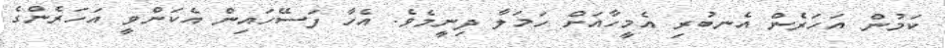
ކަމުން އަހަރެން އެނބުރި އެމީހާއަށް ހަމަލާ ދިނީމެވެ. އެހާ ފަސޭހައިން އެކަންވީ އަހަރެންގެ